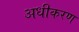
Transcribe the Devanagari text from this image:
अधीकरण